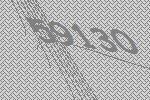
59130